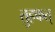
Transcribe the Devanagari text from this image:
तुहफत्